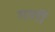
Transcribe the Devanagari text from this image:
गणीं